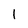
Character: l